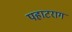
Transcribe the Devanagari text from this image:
पहाटराग